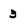
Character: 3